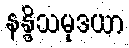
နန္ဒိသမုဒယာ